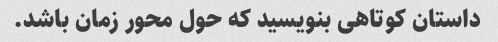
داستان کوتاهی بنویسید که حول محور زمان باشد.